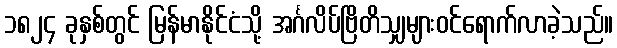
၁၈၂၄ ခုနှစ်တွင် မြန်မာနိုင်ငံသို့ အင်္ဂလိပ်ဗြိတိသျှများဝင်ရောက်လာခဲ့သည်။